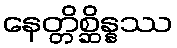
နေတ္တိစ္ဆိန္နဿ